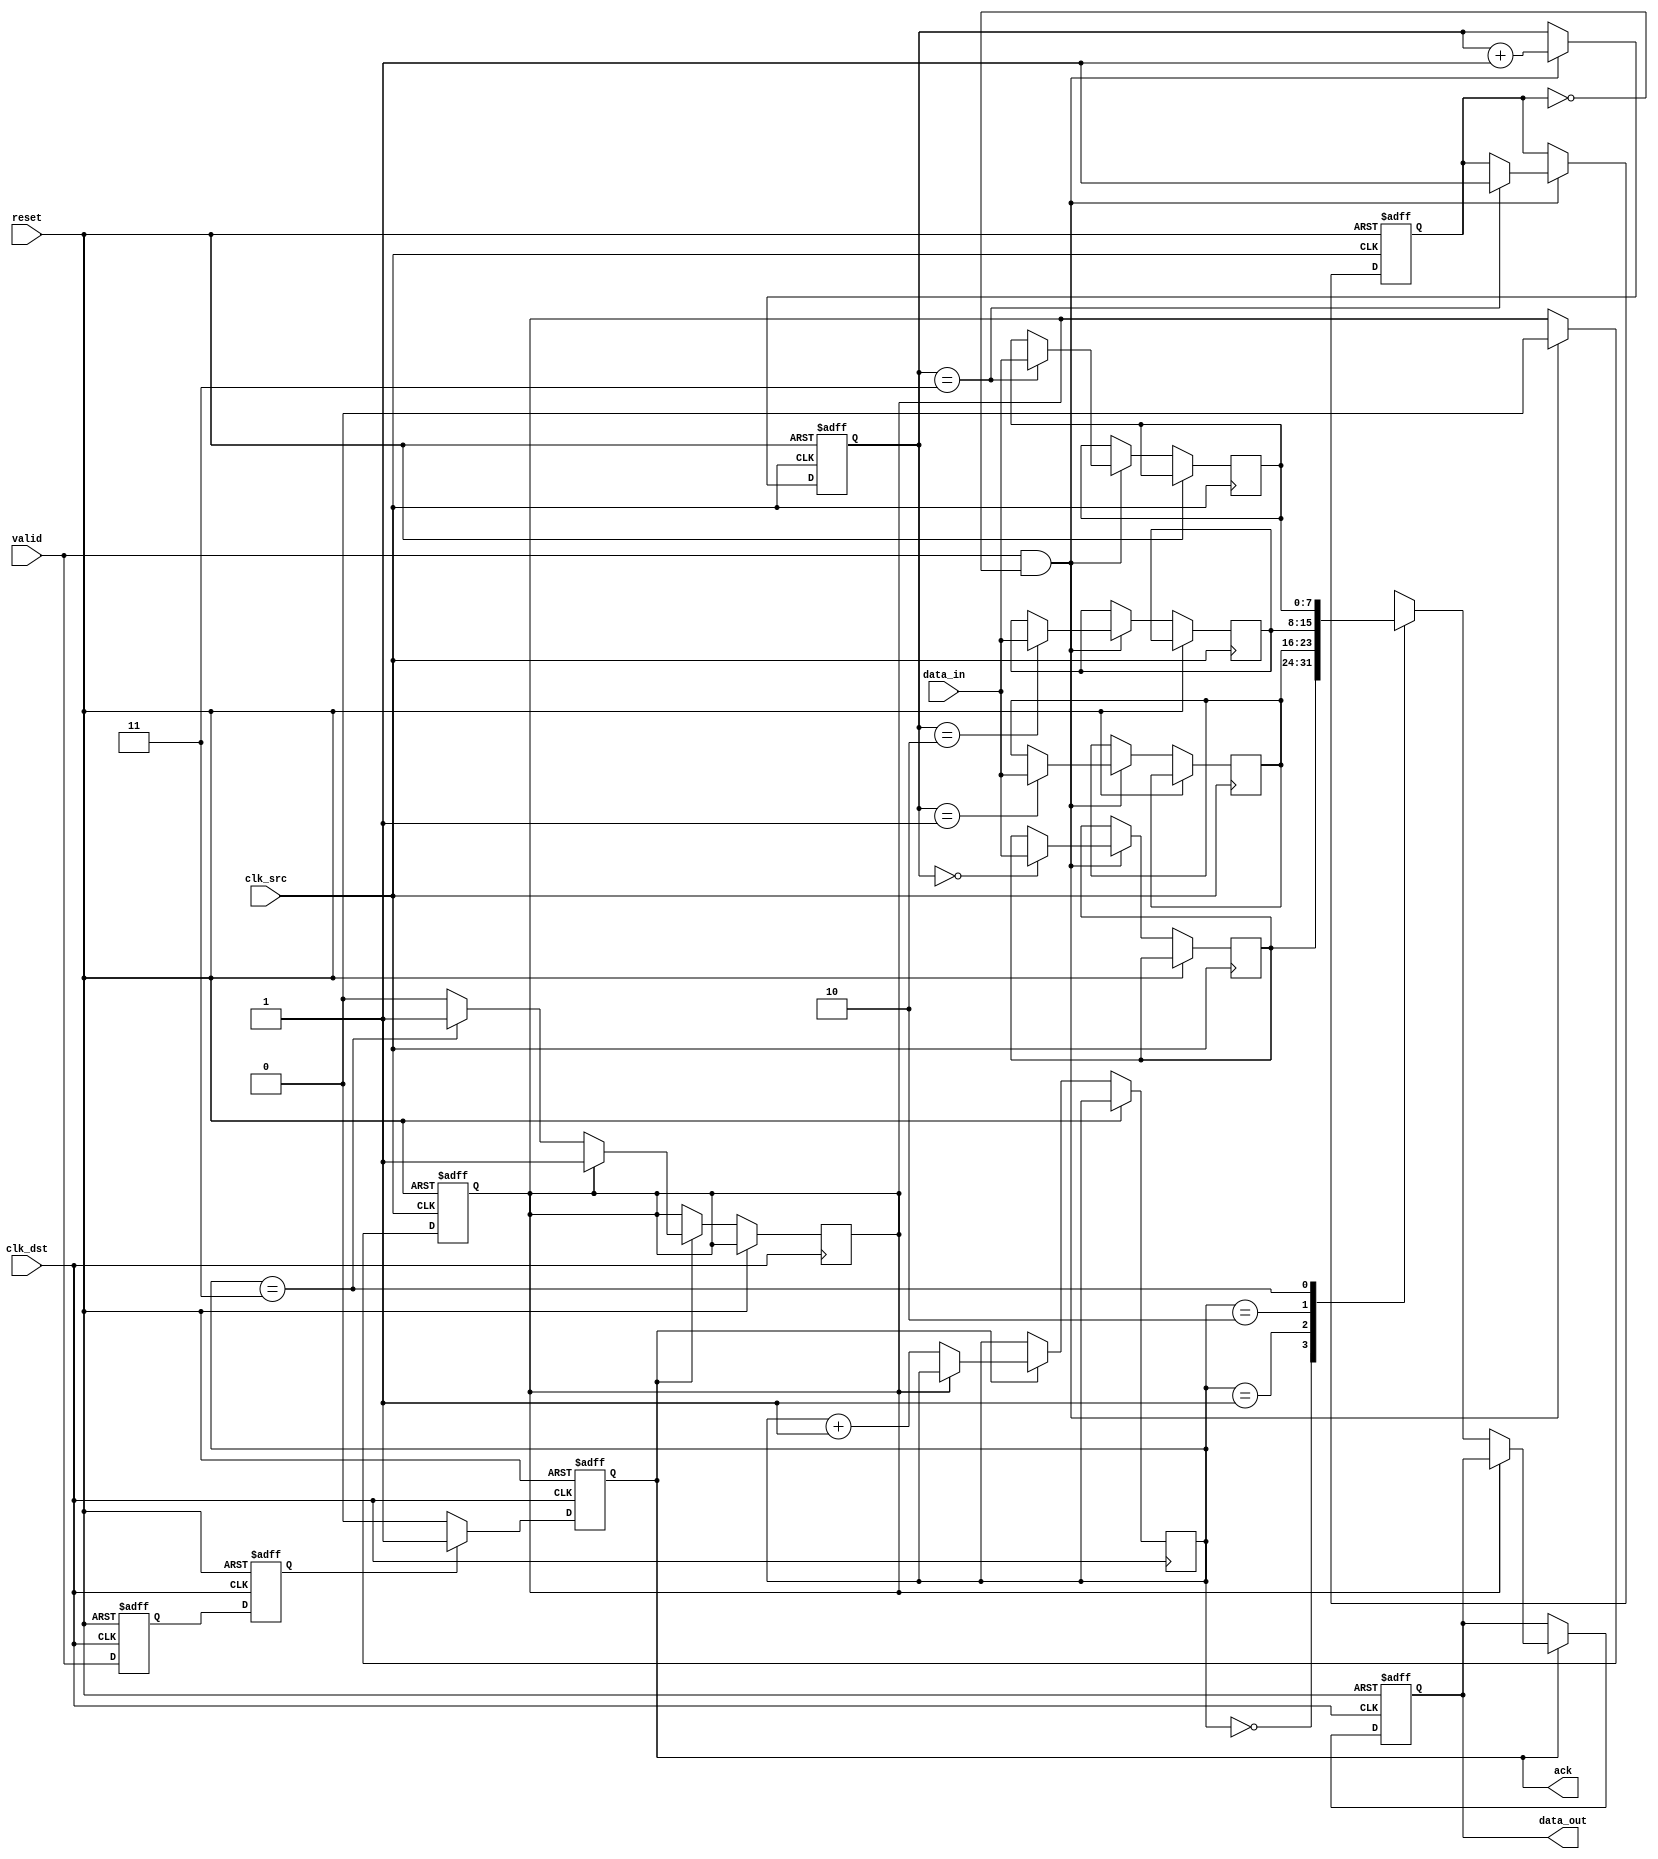
module MemoryBlocksHandshakeSynchronizer #(
    parameter DATA_WIDTH = 8 // Parameter for data width
)(
    input  wire         clk_src,        // Source clock
    input  wire         clk_dst,        // Destination clock
    input  wire [DATA_WIDTH-1:0] data_in, // Data input from source clock domain
    input  wire         valid,          // Valid signal from source clock domain
    output reg  [DATA_WIDTH-1:0] data_out, // Synchronized data output for destination clock domain
    output reg         ack,            // Acknowledgment signal for destination clock domain
    input  wire         reset           // Reset signal
);

    // Synchronizer flip-flops for valid signal
    reg valid_sync_1, valid_sync_2;

    // FIFO to hold data if needed (for simplicity, using a small depth)
    reg [DATA_WIDTH-1:0] fifo [0:3]; // 4-deep FIFO buffer
    reg [1:0] write_ptr, read_ptr;   // Pointers for FIFO
    reg fifo_full, fifo_empty;

    // Write and read pointers management
    always @(posedge clk_src or posedge reset) begin
        if (reset) begin
            write_ptr <= 2'b00;
            fifo_full <= 1'b0;
            fifo_empty <= 1'b1;
        end else if (valid && !fifo_full) begin
            fifo[write_ptr] <= data_in;
            write_ptr <= write_ptr + 1;
            fifo_empty <= 1'b0;
            if (write_ptr == 2'b11) begin
                fifo_full <= 1'b1; // FIFO is full
            end
        end
    end

    // Synchronize valid signal to destination clock domain
    always @(posedge clk_dst or posedge reset) begin
        if (reset) begin
            valid_sync_1 <= 1'b0;
            valid_sync_2 <= 1'b0;
            data_out <= 0;
            ack <= 1'b0;
        end else begin
            valid_sync_1 <= valid;
            valid_sync_2 <= valid_sync_1;

            // Acknowledge if the previous data has been processed
            if (ack) begin
                if (!fifo_empty) begin
                    data_out <= fifo[read_ptr]; // Read data from FIFO
                    read_ptr <= read_ptr + 1;
                    if (read_ptr == 2'b11) begin
                        fifo_empty <= 1'b1; // FIFO is empty
                    end
                end
            end

            // If valid data is received, assert ack signal
            if (valid_sync_2) begin
                ack <= 1'b1; // Signal that data is ready to be processed
            end else if (ack) begin
                ack <= 1'b0; // Acknowledge is de-asserted after processing
            end
        end
    end

endmodule